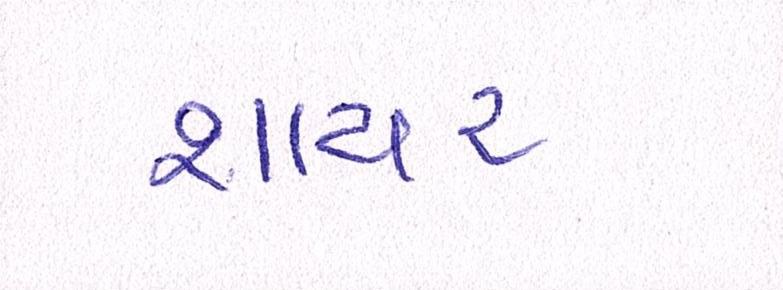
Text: શાયર